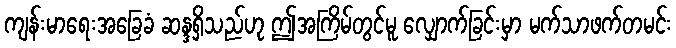
ကျန်းမာရေးအခြေခံ ဆန္ဒရှိသည်ဟု ဤအကြိမ်တွင်မူ လျှောက်ခြင်းမှာ မက်သာဖက်တမင်း